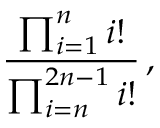
{ \frac { \prod _ { i = 1 } ^ { n } i ! } { \prod _ { i = n } ^ { 2 n - 1 } i ! } } \, ,